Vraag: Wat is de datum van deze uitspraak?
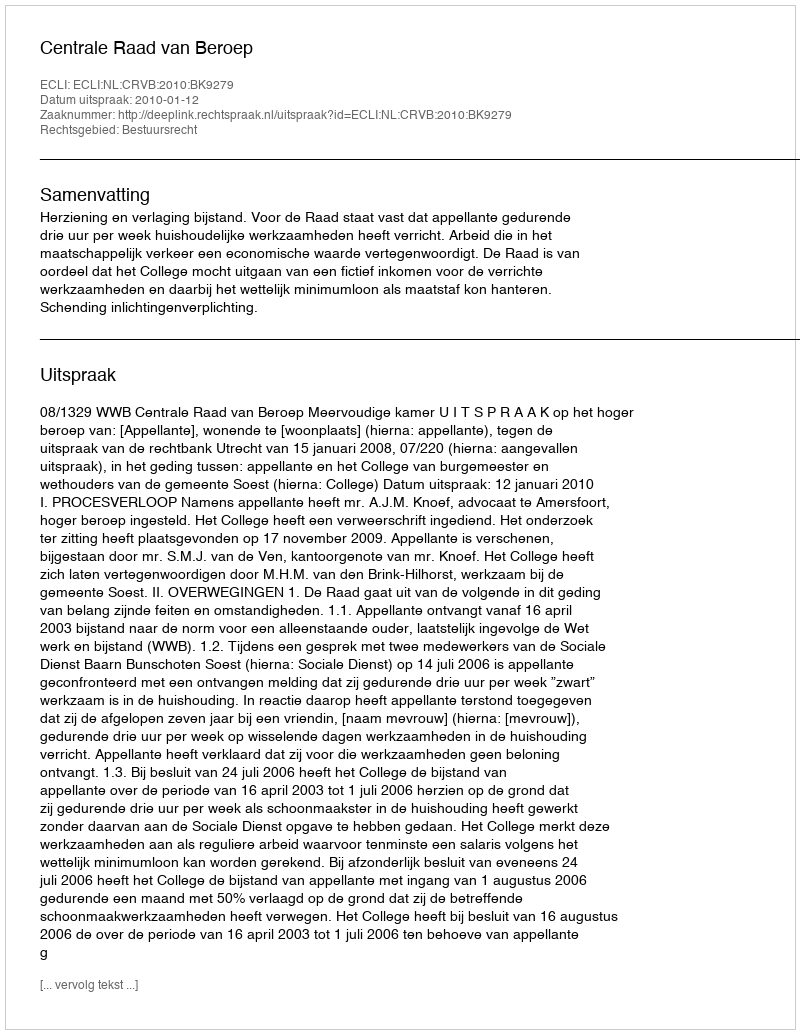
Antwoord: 2010-01-12